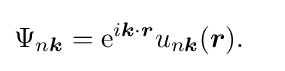
{\begin{aligned}\Psi _{n{\boldsymbol {k}}}&=\mathrm {e} ^{i{\boldsymbol {k}}\cdot {\boldsymbol {r}}}u_{n{\boldsymbol {k}}}({\boldsymbol {r}}).\end{aligned}}